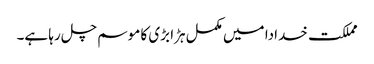
مملکت خدادا میں مکمل ہڑا بڑی کا موسم چل رہا ہے۔